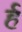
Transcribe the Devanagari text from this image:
र्ह